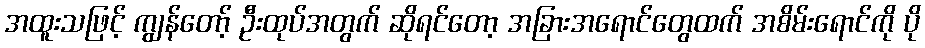
အထူးသဖြင့် ကျွန်တော့် ဦးထုပ်အတွက် ဆိုရင်တော့ အခြားအရောင်တွေထက် အစိမ်းရောင်ကို ပို